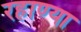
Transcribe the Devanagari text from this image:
रहाण्या